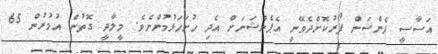
އަސާސީ ޕެންޝަން ފޯރުކޮށްދެވޭނީ އެޕެންޝަނަށް އެދި ހުށަހަޅުމުންނެވެ. މީލާދީ ގޮތުން އުމުރުން 65